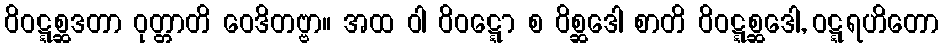
ဝိဝဋ္ဋစ္ဆဒတာ ဝုတ္တာတိ ဝေဒိတဗ္ဗာ။ အထ ဝါ ဝိဝဋ္ဋော စ ဝိစ္ဆဒေါ စာတိ ဝိဝဋ္ဋစ္ဆဒေါ, ဝဋ္ဋရဟိတော